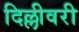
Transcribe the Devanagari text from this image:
दिल्लीवरी